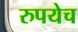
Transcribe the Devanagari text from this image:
रुपयेच